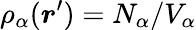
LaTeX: \rho_{\alpha}(\boldsymbol{r}^{\prime})=N_{\alpha}/V_{\alpha}